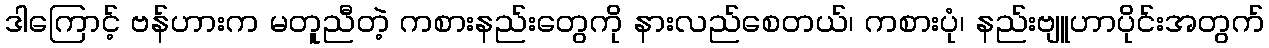
ဒါကြောင့် ဗန်ဟားက မတူညီတဲ့ ကစားနည်းတွေကို နားလည်စေတယ်၊ ကစားပုံ၊ နည်းဗျူဟာပိုင်းအတွက်